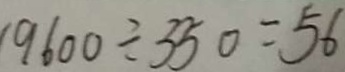
9 6 0 0 \div 3 5 0 = 5 6